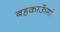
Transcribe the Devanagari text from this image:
बहकाऊॅगां